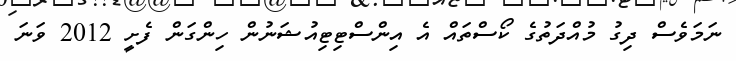
ނަމަވެސް ދިގު މުއްދަތުގެ ކޯސްތައް އެ އިންސްޓިޓިއުޝަނުން ހިންގަން ފެށީ 2012 ވަނަ